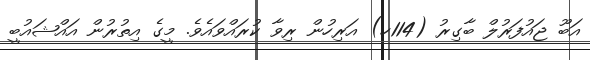
އަބޫ ޖައުފަރުލް ބާގިރު (114ހ) އަރިހުން ރިވާ ކުރައްވައެވެ. މީގެ އިތުރުން އައްޝައުބީ